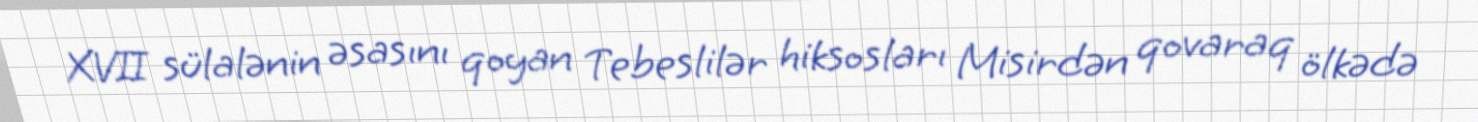
XVII sülalənin əsasını qoyan Tebeslilər hiksosları Misirdən qovaraq ölkədə